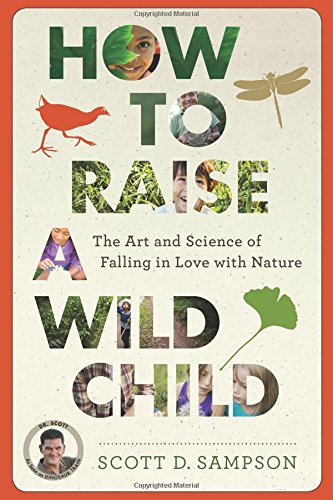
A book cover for How to Raise a Wild Child: The Art and Science of Falling in Love with Nature; Scott D. Sampson; Parenting & Relationships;